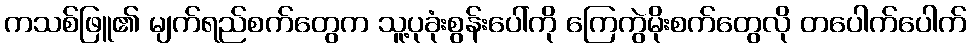
ကသစ်ဖြူ၏ မျက်ရည်စက်တွေက သူ့ပုခုံးစွန်းပေါ်ကို ကြေကွဲမိုးစက်တွေလို တပေါက်ပေါက်